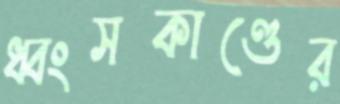
ধ্বংসকাণ্ডের